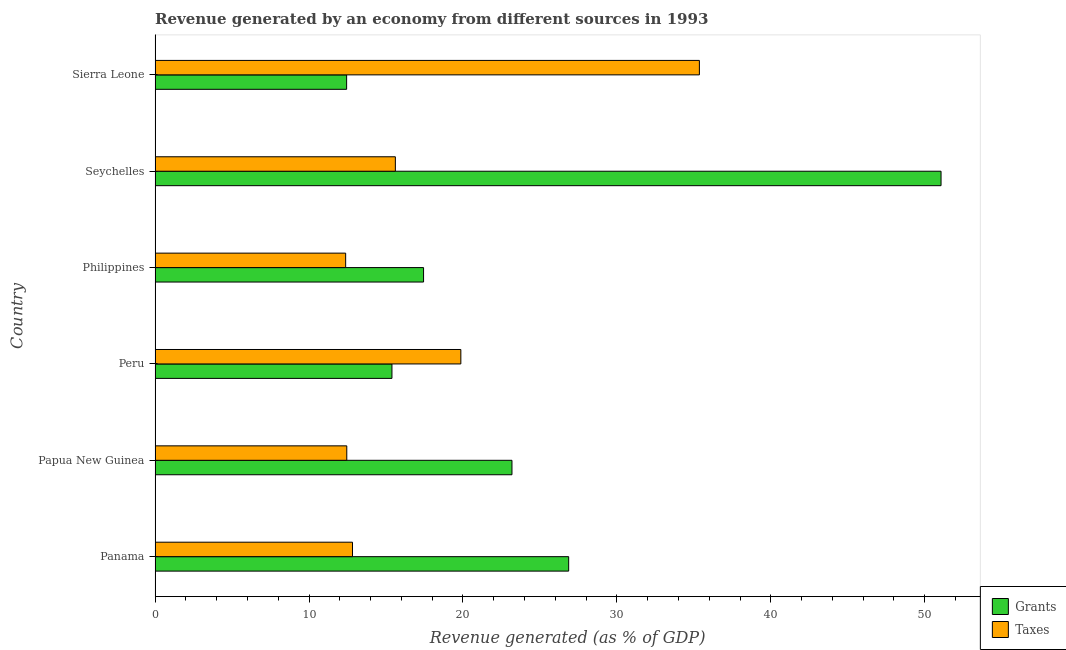
| Country | Grants | Taxes |
 | --- | --- | --- |
 | Panama | 26.9 | 12.8 |
 | Papua New Guinea | 23.2 | 12.5 |
 | Peru | 15.4 | 19.9 |
 | Philippines | 17.4 | 12.4 |
 | Seychelles | 51.1 | 15.6 |
 | Sierra Leone | 12.4 | 35.4 |